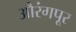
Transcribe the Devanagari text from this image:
औरंगपूर